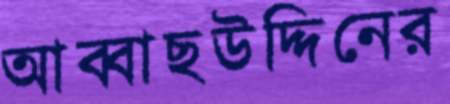
আব্বাছউদ্দিনের